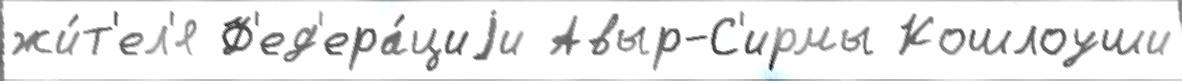
жи́т'ел'я Ф'ед'ера́циjи Авыр-С'ирмы Кошлоуши